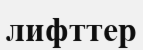
лифттер